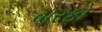
બરફો